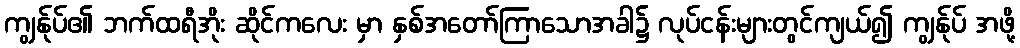
ကျွန်ုပ်၏ ဘက်ထရီအိုး ဆိုင်ကလေး မှာ နှစ်အတော်ကြာသောအခါ၌ လုပ်ငန်းများတွင်ကျယ်၍ ကျွန်ုပ် အဖို့